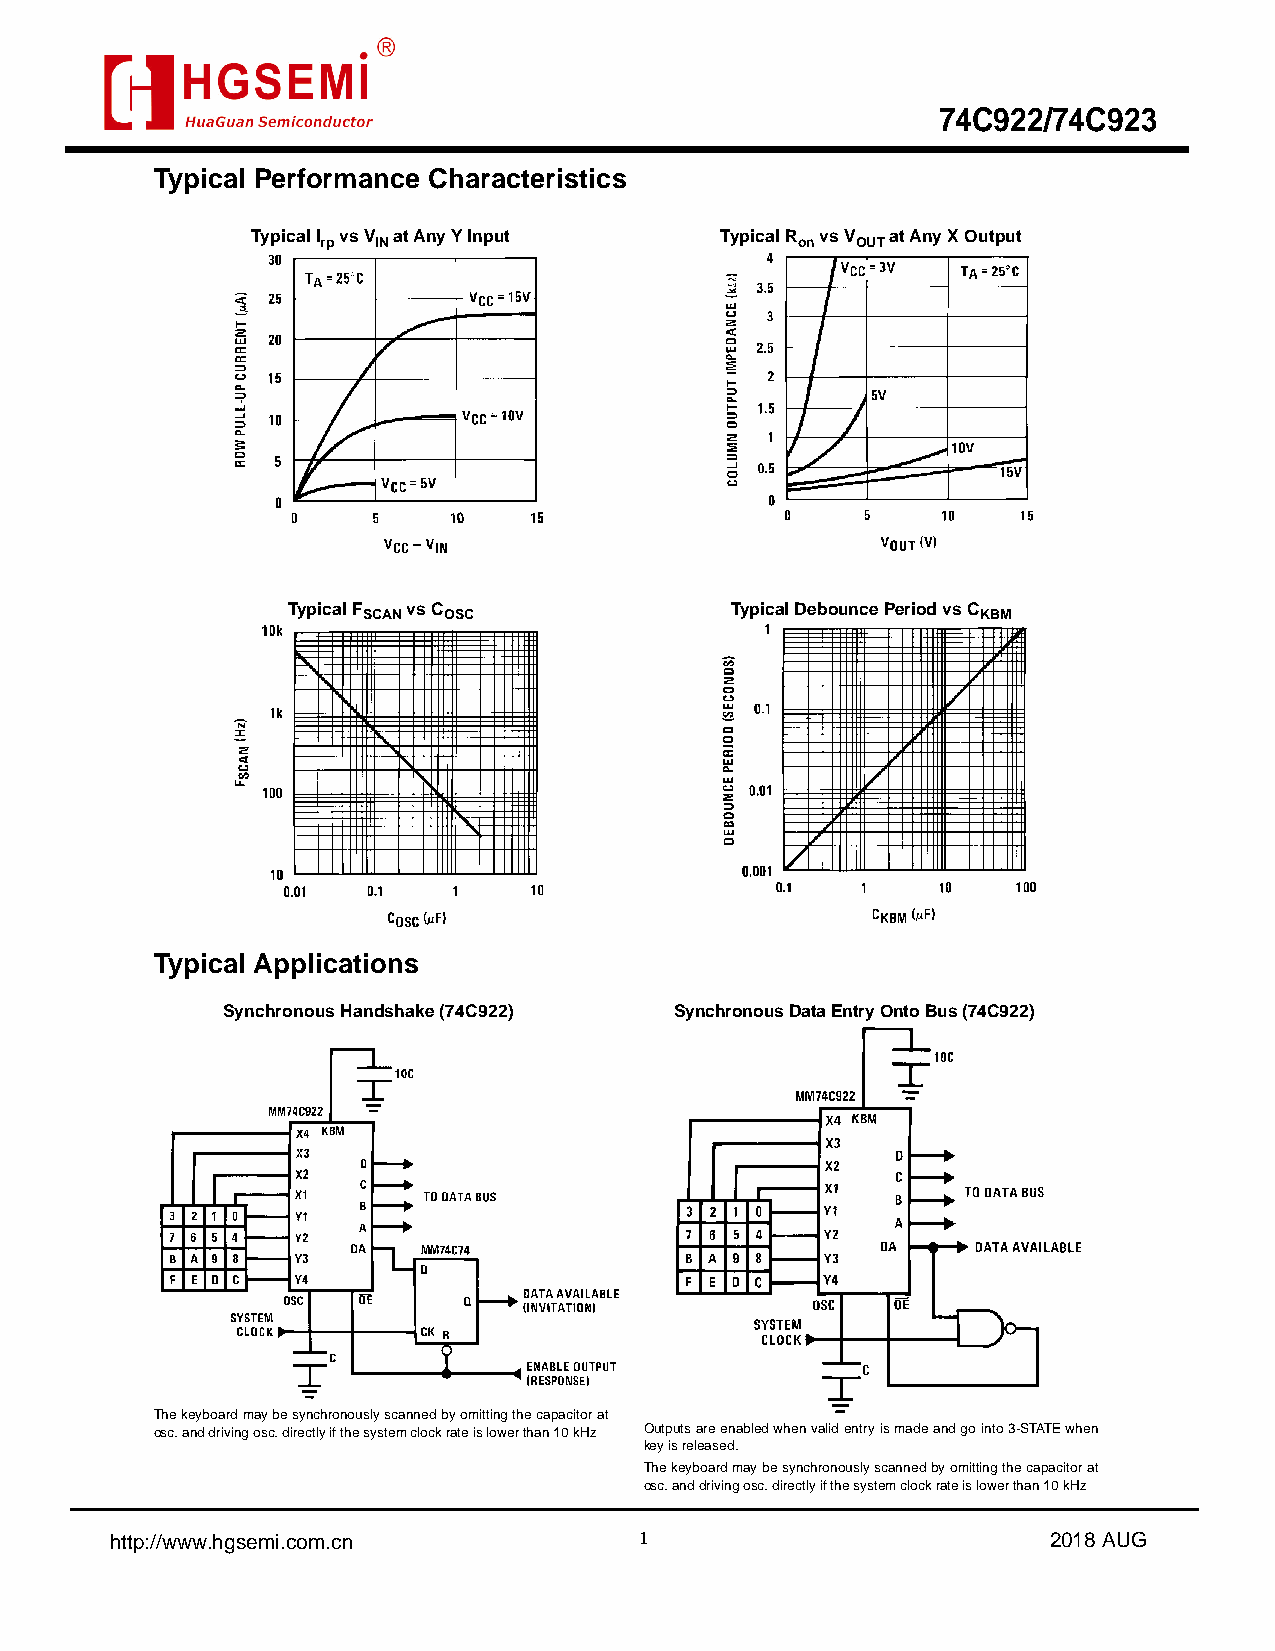
74C922/74C923
 Typical Performance Characteristics
 Typical I vs V at Any Y Input  Typical R vs V at Any X Output
 rp  IN                          on  OUT
 Typical F vs C               Typical Debounce Period vs C
 SCAN OSC                                 KBM
 Typical Applications
 Synchronous Handshake (74C922) Synchronous Data Entry Onto Bus (74C922)
 The keyboard may be synchronously scanned by omitting the capacitor at
 osc. and driving osc. directly if the system clock rate is lower than 10 kHz Outputs are enabled when valid entry is made and go into 3-STATE when
 key is released.
 The keyboard may be synchronously scanned by omitting the capacitor at
 osc. and driving osc. directly if the system clock rate is lower than 10 kHz
 http://www.hgsemi.com.cn           1                           2 0 1 8 AUG